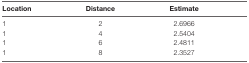
<table><thead><tr><td><b>Location</b></td><td><b>Distance</b></td><td><b>Estimate</b></td></tr></thead><tbody><tr><td>1</td><td>2</td><td>2.6966</td></tr><tr><td>1</td><td>4</td><td>2.5404</td></tr><tr><td>1</td><td>6</td><td>2.4811</td></tr><tr><td>1</td><td>8</td><td>2.3527</td></tr></tbody></table>